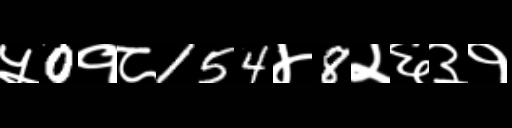
Text: ५0१८154४8२६३१